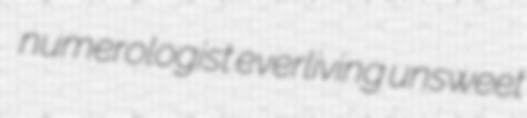
numerologist everliving unsweet